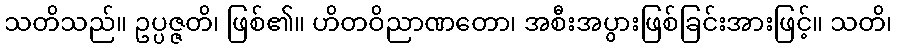
သတိသည်။ ဥပ္ပဇ္ဇတိ၊ ဖြစ်၏။ ဟိတဝိညာဏတော၊ အစီးအပွားဖြစ်ခြင်းအားဖြင့်။ သတိ၊